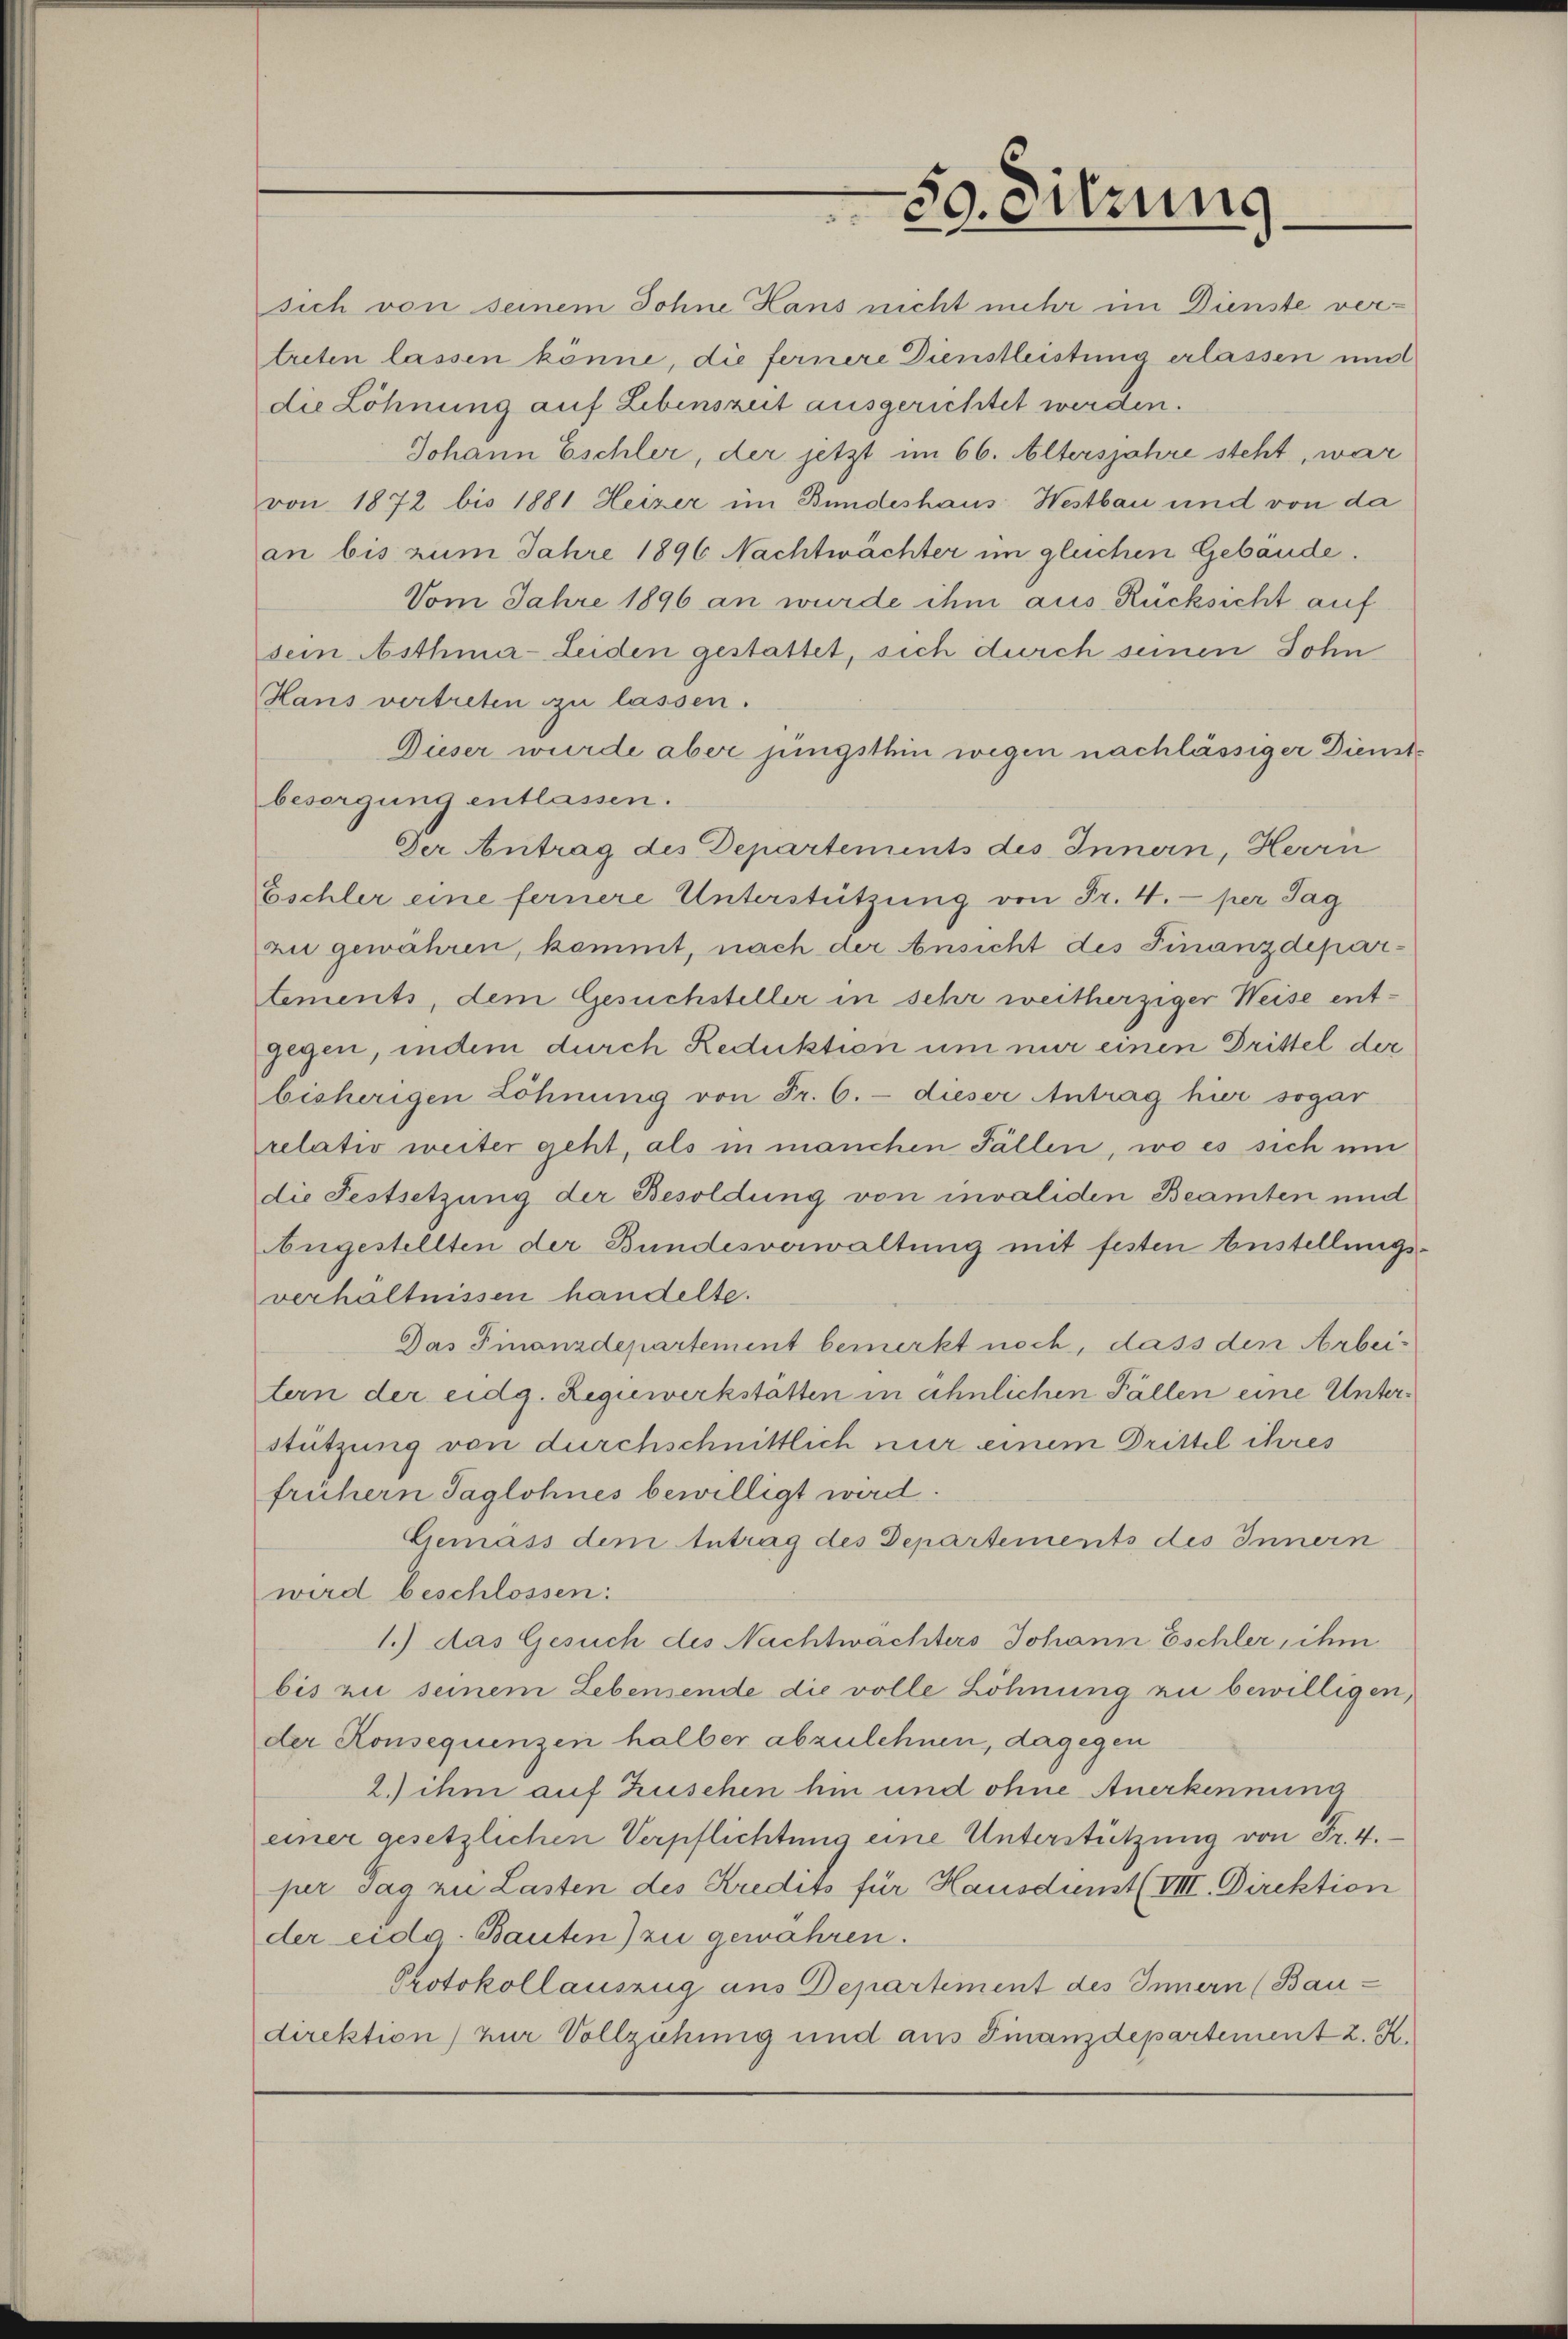
sich von seinem Sohne Hans nicht mehr im Dienste verdie Löhnung auf Lebenszeit ausgerichtet werden.
Johann Eschler, der jetzt im 66. Altersjahre steht, war
von 1872 bis 1881 Heizer im Bundeshaus Westbau und von da
an bis zum Jahre 1896 Nachtwächter im gleichen Gebäude.
Vom Jahre 1896 an wurde ihm aus Rücksicht auf
sein Asthma- Leiden gestattet, sich durch seinen Sohn
Hans vertreten zu lassen.
Dieser wurde aber jüngsthin wegen nachlässiger Dienstbesorgung entlassen.
Der Antrag des Departements des Innern, Herrn
Eschler eine fernere Unterstützung von Fr. 4. per Tag
zu gewähren, kommt, nach der Ansicht des Finanzdepartements, dem Gesuchsteller in sehr weitherziger Weise entgegen, indem durch Reduktion um nur einen Drittel der
bisherigen Löhnung von Fr. 6. dieser Antrag hier sogar
relativ weiter geht, als in manchen Fällen, wo es sich um
die Festsetzung der Besoldung von invaliden Beamten und
ugestellten der Bundesverwaltung mit festen Eustellungsverhältnissen handelte.
Das Finanzdepartement bemerkt noch, dass den Arbeitern der eidg. Regiewerkstätten in ähnlichen Fällen eine Unterstützung von durchschnittlich nur einem Drittel ihres
frühern Taglohnes bewilligt wird.
Gemäss dem Antrag des Departements des Innern
wird beschlossen:
1.) das Gesuch des Nachtwachters Johann Eschler, ihm
bis zu seinem Lebensende die volle Löhnung zu bewilligen,
der Konsequenzen halber abzulehnen, dagegen
2.) ihm auf Zuschen hin und ohne Anerkennung
einer gesetzlichen Verpflichtung eine Unterstützung von Fr. 4.
per sag zu Lasten des Kredits für Hausdunst (VIII. Direktion
der eida. Bauten) zu gewähren.
Protokollauszug aus Departiment des Innern (Bau-
direktion) zur Vollziehung und aus Finanzdepartement z. K.

59. Sitzung

treten lassen könne, die fernere Dienstleistung erlassen und